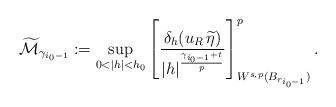
LaTeX: \begin{align*}\widetilde{\mathcal{M}}_{\gamma_{i_0-1}}:=\sup_{0<|h|<h_0}\left[\frac{\delta_h (u_R\,\widetilde\eta)}{|h|^\frac{\gamma_{i_0-1}+t}{p}}\right]^p_{W^{s,p}(B_{r_{i_0-1}})}.\end{align*}